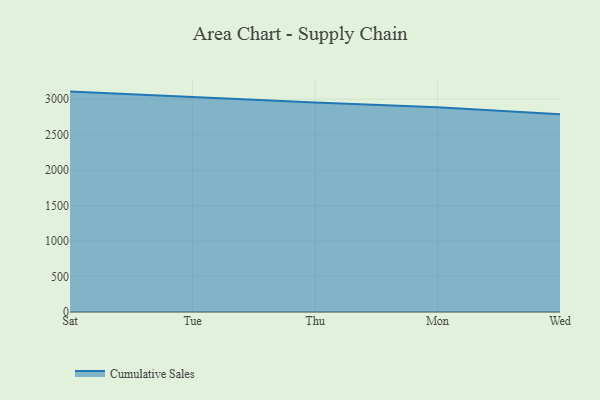
{"axis": {"x": "Day", "y": "Population (Million)"}, "legend": ["Cumulative Sales"], "data": [{"x": "Sat", "y": 3107.7, "type": "Cumulative Sales"}, {"x": "Tue", "y": 3029.2, "type": "Cumulative Sales"}, {"x": "Thu", "y": 2955.5, "type": "Cumulative Sales"}, {"x": "Mon", "y": 2888.2, "type": "Cumulative Sales"}, {"x": "Wed", "y": 2787.3, "type": "Cumulative Sales"}]}